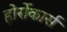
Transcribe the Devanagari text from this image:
होर्सेकार्स